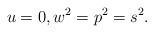
LaTeX: \begin{align*}u=0,w^2=p^2=s^2.\end{align*}